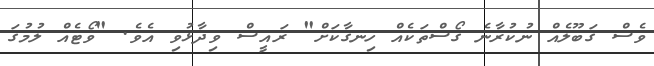
ވެސް ގަބޫލެއް ނުކުރާނެ ގޯސްތަކެއް ހިނގާކަށް" ރައީސް ވިދާޅުވި އެވެ. "ވޯޓެއް ލުމުގަ